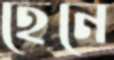
হেনে